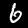
Digit: 6